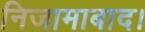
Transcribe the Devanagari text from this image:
निजामाबाद।